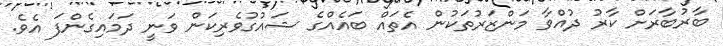
ބާރުބާރަށް ކާރު ދުއްވާ މަންޒަރުތަކުން އެތައް ބައެއްގެ ޝައުގުވެރިކަން ވަނީ ދަމައިގެންފަ އެވެ.